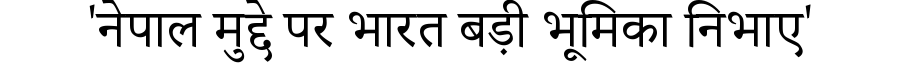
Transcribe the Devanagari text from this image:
'नेपाल मुद्दे पर भारत बड़ी भूमिका निभाए'